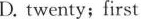
D. twenty;first